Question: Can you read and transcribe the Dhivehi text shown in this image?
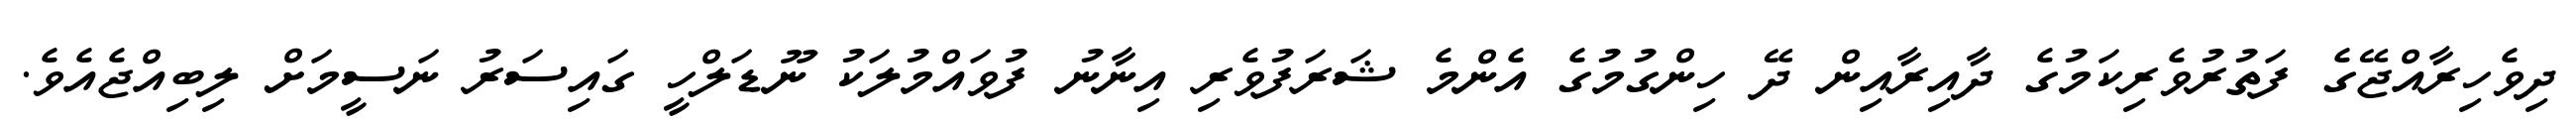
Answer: ދިވެހިރާއްޖޭގެ ފަތުރުވެރިކަމުގެ ދާއިރާއިން ދޭ ހިންގުމުގެ އެންމެ ޝަރަފުވެރި އިނާނު ފުވައްމުލަކު ނޫޑަލްހީ ގައިސަރު ނަސީމަށް ލިބިއްޖެއެވެ.